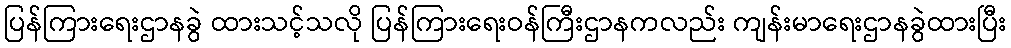
ပြန်ကြားရေးဌာနခွဲ ထားသင့်သလို ပြန်ကြားရေးဝန်ကြီးဌာနကလည်း ကျန်းမာရေးဌာနခွဲထားပြီး